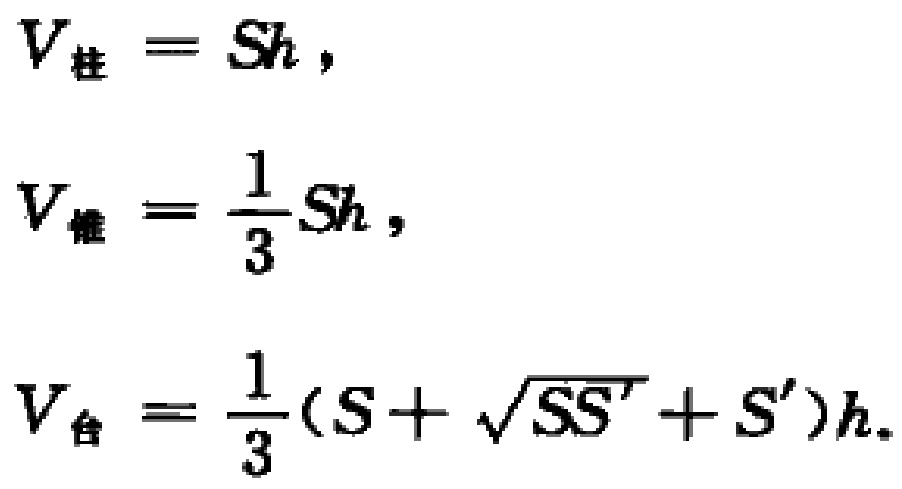
\[
V_{柱}=Sh,
\]
\[
V_{锥}=\frac{1}{3}Sh,
\]
\[
V_{台}=\frac{1}{3}(S + \sqrt{SS'} + S')h.
\]